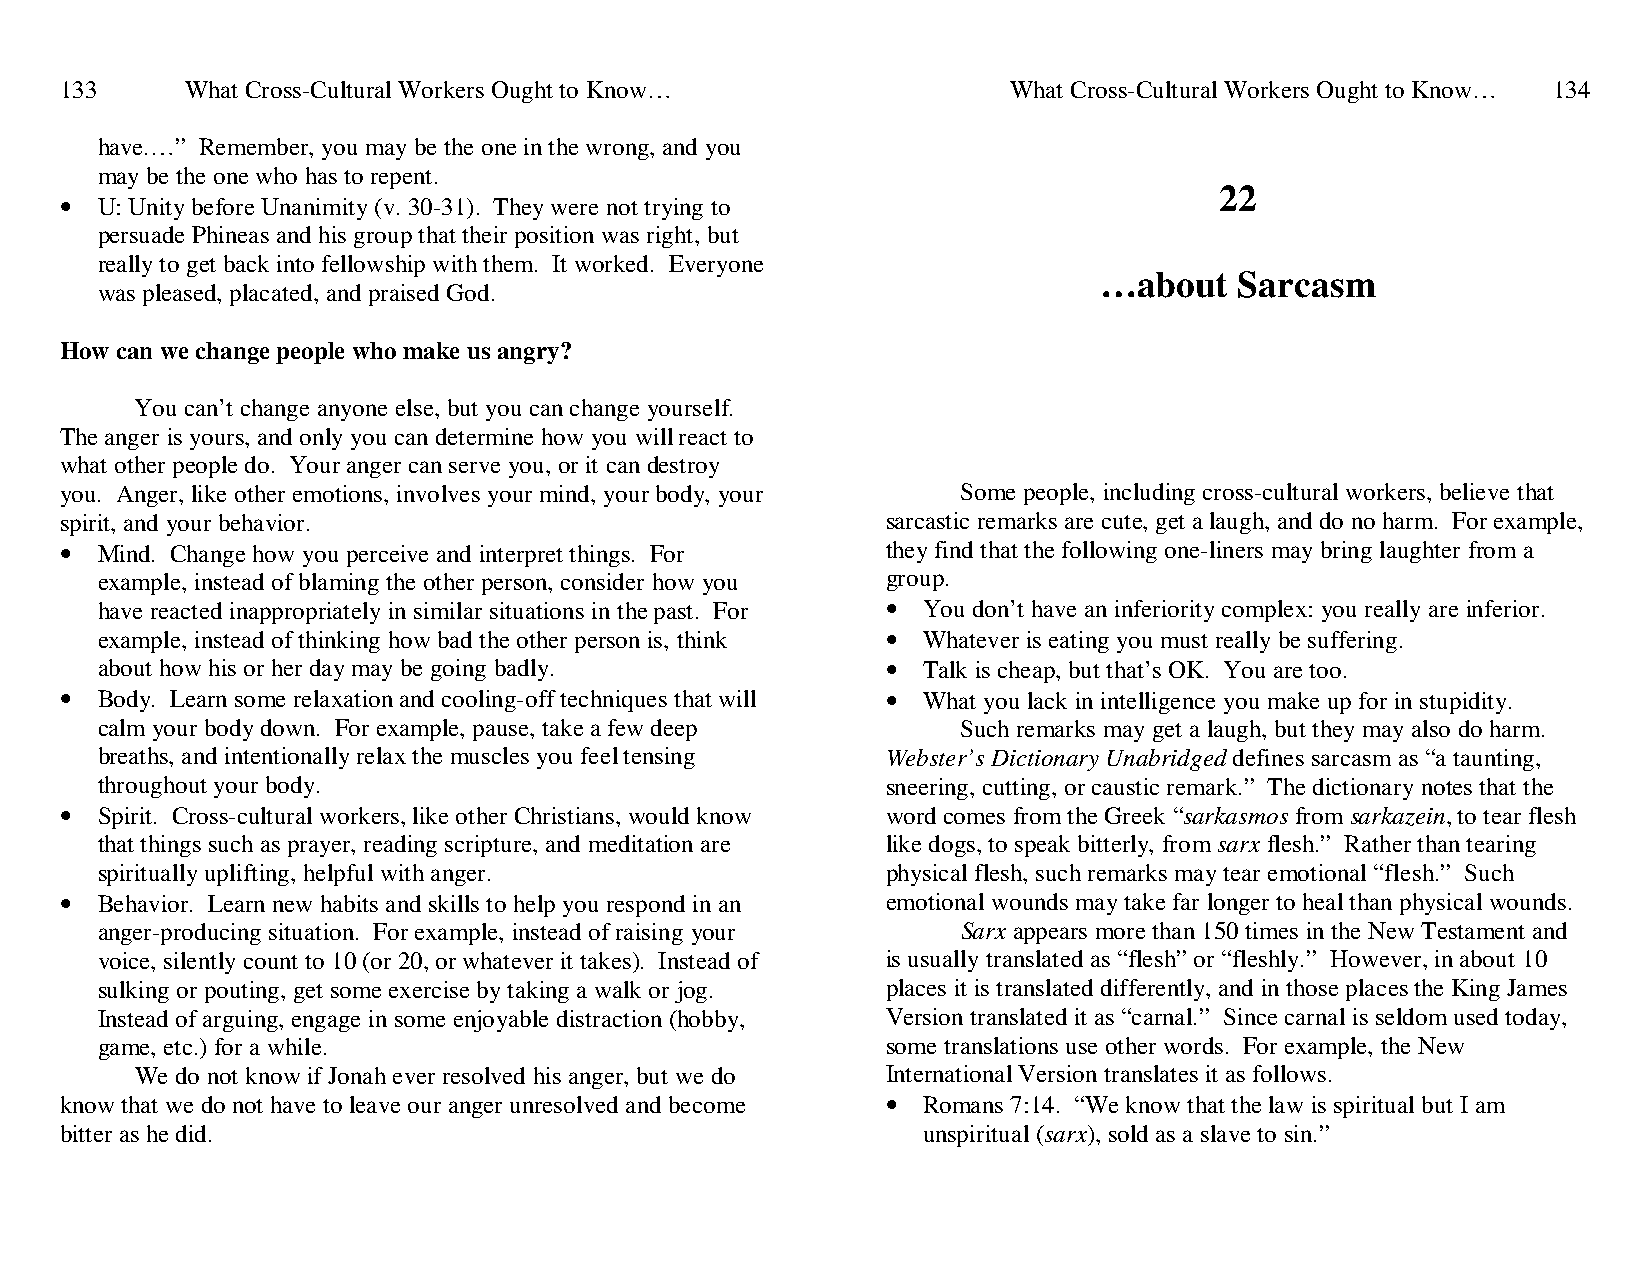
133     What Cross-Cultural Workers Ought to Know…             What Cross-Cultural Workers Ought to Know… 134
 have.…” Remember, you may be the one in the wrong, and you
 may be the one who has to repent.
 22
 • U: Unity before Unanimity (v. 30-31). They were not trying to
 persuade Phineas and his group that their position was right, but
 really to get back into fellowship with them. It worked. Everyone
 …about   Sarcasm
 was pleased, placated, and praised God.
 How can we change people who make us angry?
 You can’t change anyone else, but you can change yourself.
 The anger is yours, and only you can determine how you will react to
 what other people do. Your anger can serve you, or it can destroy
 you. Anger, like other emotions, involves your mind, your body, your Some people, including cross-cultural workers, believe that
 spirit, and your behavior.                             sarcastic remarks are cute, get a laugh, and do no harm. For example,
 • Mind. Change how you perceive and interpret things. For they find that the following one-liners may bring laughter from a
 example, instead of blaming the other person, consider how you group.
 have reacted inappropriately in similar situations in the past. For • You don’t have an inferiority complex: you really are inferior.
 example, instead of thinking how bad the other person is, think • Whatever is eating you must really be suffering.
 about how his or her day may be going badly.         • Talk is cheap, but that’s OK. You are too.
 • Body. Learn some relaxation and cooling-off techniques that will • What you lack in intelligence you make up for in stupidity.
 calm your body down. For example, pause, take a few deep  Such remarks may get a laugh, but they may also do harm.
 breaths, and intentionally relax the muscles you feel tensing Webster’s Dictionary Unabridged defines sarcasm as “a taunting,
 throughout your body.                                sneering, cutting, or caustic remark.” The dictionary notes that the
 • Spirit. Cross-cultural workers, like other Christians, would know word comes from the Greek “sarkasmos from sarkazein, to tear flesh
 that things such as prayer, reading scripture, and meditation are like dogs, to speak bitterly, from sarx flesh.” Rather than tearing
 spiritually uplifting, helpful with anger.           physical flesh, such remarks may tear emotional “flesh.” Such
 • Behavior. Learn new habits and skills to help you respond in an emotional wounds may take far longer to heal than physical wounds.
 anger-producing situation. For example, instead of raising your Sarx appears more than 150 times in the New Testament and
 voice, silently count to 10 (or 20, or whatever it takes). Instead of is usually translated as “flesh” or “fleshly.” However, in about 10
 sulking or pouting, get some exercise by taking a walk or jog. places it is translated differently, and in those places the King James
 Instead of arguing, engage in some enjoyable distraction (hobby, Version translated it as “carnal.” Since carnal is seldom used today,
 game, etc.) for a while.                             some translations use other words. For example, the New
 We do not know if Jonah ever resolved his anger, but we do International Version translates it as follows.
 know that we do not have to leave our anger unresolved and become • Romans 7:14. “We know that the law is spiritual but I am
 bitter as he did.                                        unspiritual (sarx), sold as a slave to sin.”